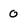
Character: 0